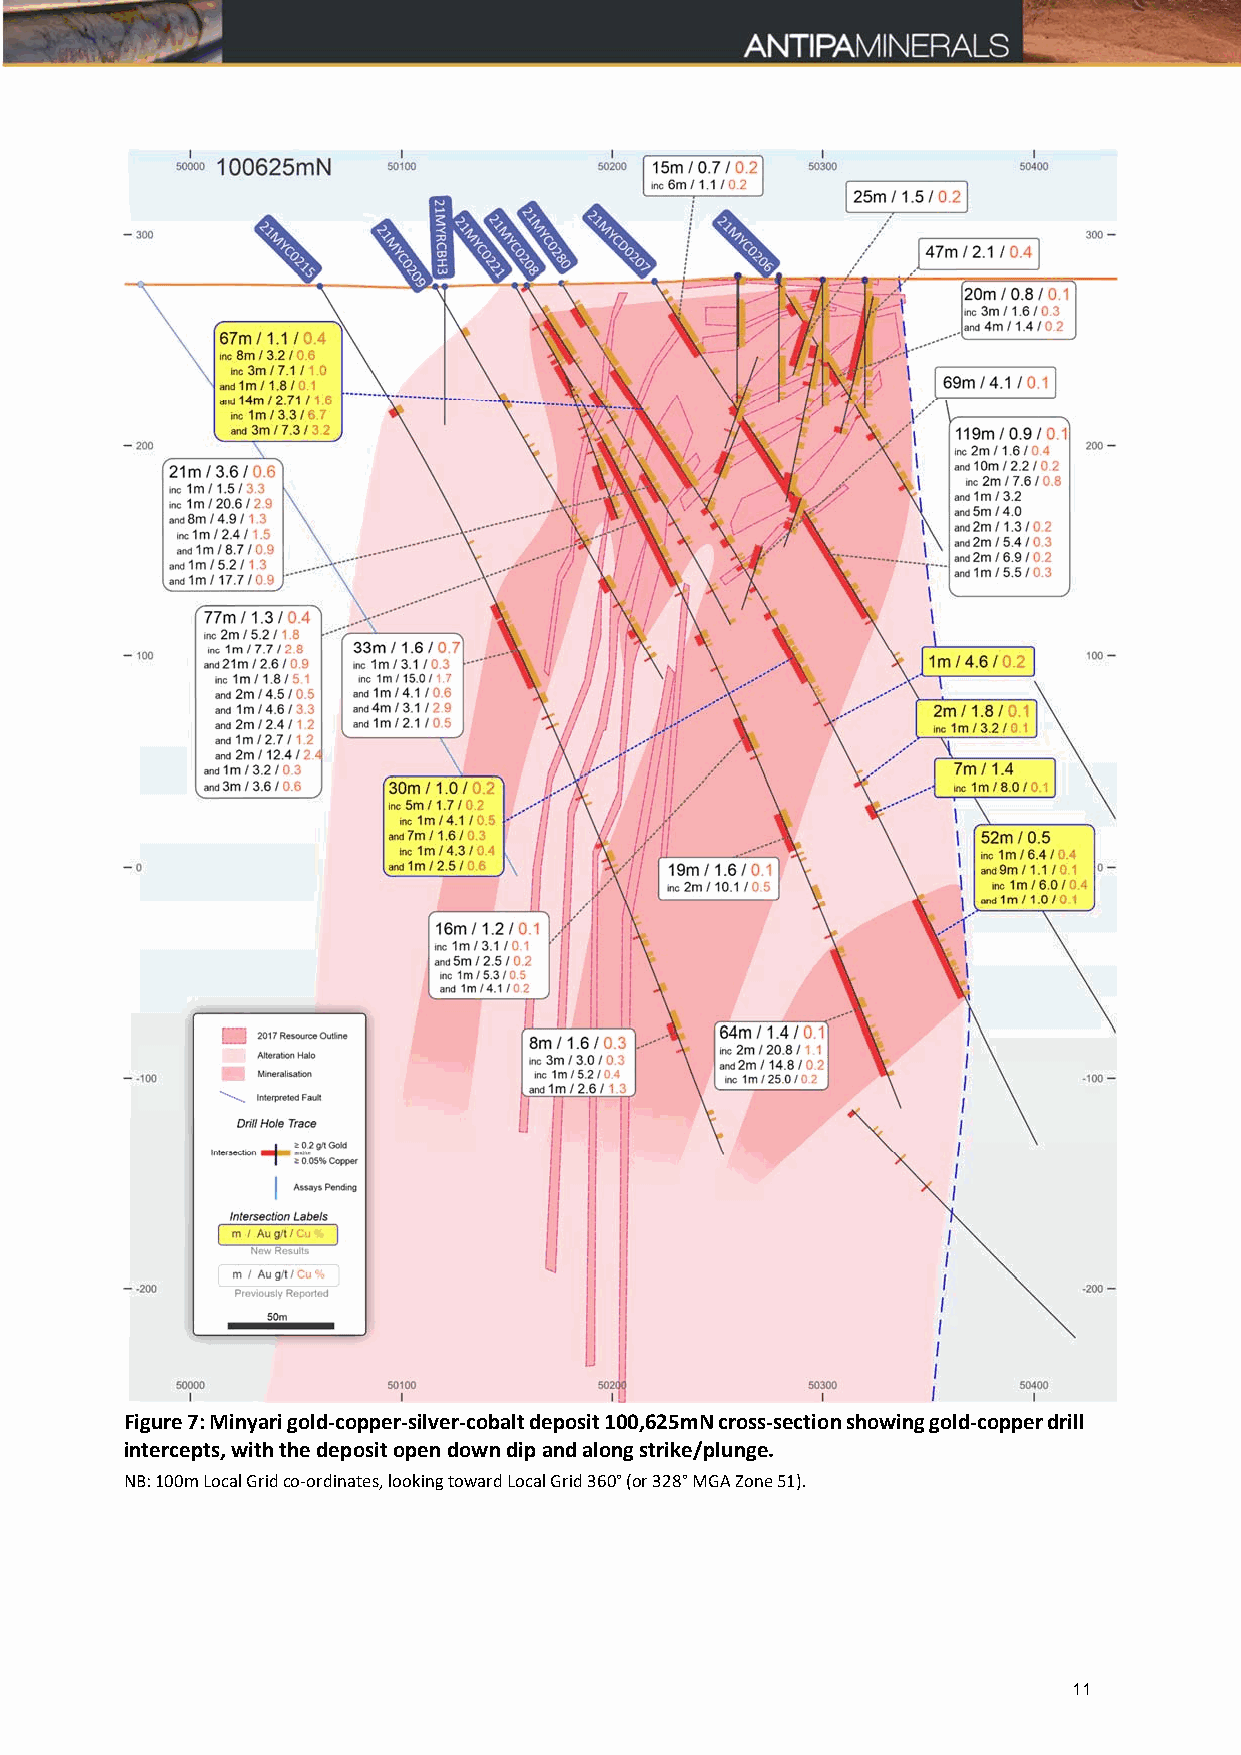
Figure 7: Minyari gold-copper-silver-cobalt deposit 100,625mN cross-section showing gold-copper drill
 intercepts, with the deposit open down dip and along strike/plunge.
 NB: 100m Local Grid co‐ordinates, looking toward Local Grid 360° (or 328° MGA Zone 51).
 11